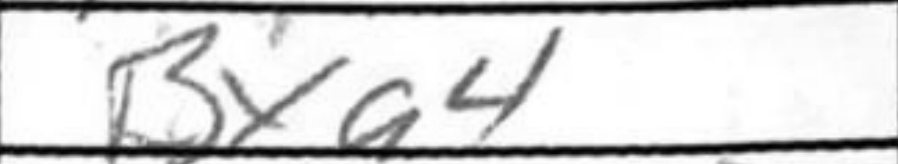
Transcription: Bxa4